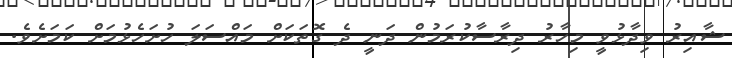
ޝާއިރު ވިދާޅުވީ މިހާރު ދިރާސާކުރަމުން ދަނީ ދެ ގޮތަކަށް މައްސަލަ ހުށަހެޅުމަށް ކަމަށެވެ.